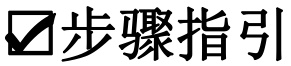
\textcheckmark 步骤指引